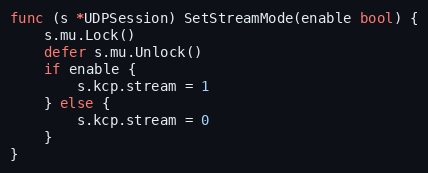
Language: Go
func (s *UDPSession) SetStreamMode(enable bool) {
	s.mu.Lock()
	defer s.mu.Unlock()
	if enable {
		s.kcp.stream = 1
	} else {
		s.kcp.stream = 0
	}
}